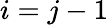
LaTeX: i=j-1